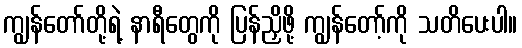
ကျွန်တော်တို့ရဲ့ နာရီတွေကို ပြန်ညှိဖို့ ကျွန်တော့်ကို သတိပေးပါ။